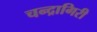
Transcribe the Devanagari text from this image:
चन्द्रागिरी